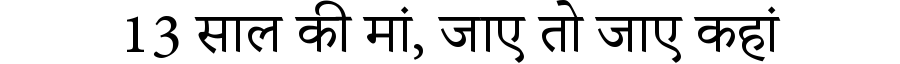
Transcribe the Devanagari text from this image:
13 साल की मां, जाए तो जाए कहां